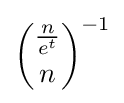
{{\frac {n}{e^{t}}} \choose n}^{-1}